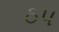
ઠપ